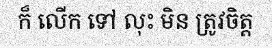
ក៏ លើក ទៅ លុះ មិន ត្រូវចិត្ត